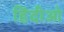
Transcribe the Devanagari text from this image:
हिंदीओ